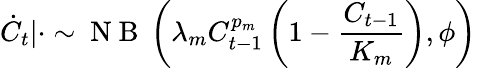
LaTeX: \dot{C}_{t}|\cdot\sim\mathrm{~N~B~}\left(\lambda_{m}C_{t-1}^{p_{m}}\left(1-\frac{C_{t-1}}{K_{m}}\right),\phi\right)